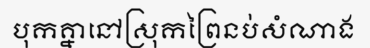
បុកគ្នានៅស្រុកព្រៃនប់សំណាង